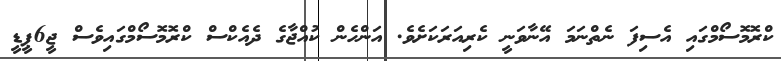
ކްރޮމޮސޯމްގައި އެސިފަ ނެތްނަމަ އޭނާވަނީ ކެރިއަރަކަށެވެ. އަންހެން ކުއްޖާގެ ދެއެކްސް ކްރޮމޮސޯމްގައިވެސް ޖީ6ޕީޑީ